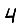
Digit: 4